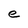
Character: e